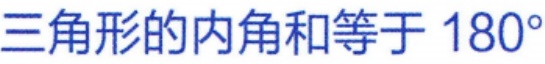
三角形的内角和等于 \(180^{\circ}\)